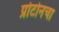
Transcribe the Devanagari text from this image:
प्रोटोनचा